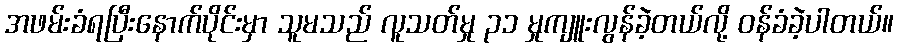
အဖမ်းခံရပြီးနောက်ပိုင်းမှာ သူမသည် လူသတ်မှု ၃၁ မှုကျူးလွန်ခဲ့တယ်လို့ ဝန်ခံခဲ့ပါတယ်။